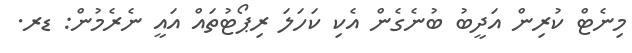
މިނެޓް ކުރިން އަދީބު ބުނެގެން އެކި ކަހަލަ ރިޕޯޓުތައް އައީ ނެރެމުން: ޑރ.